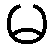
မ